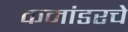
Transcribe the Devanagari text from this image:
कमांडरचे